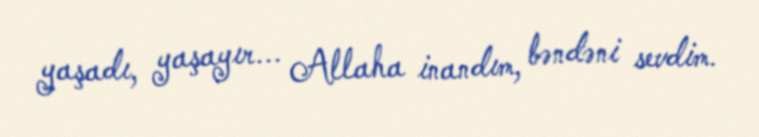
yaşadı, yaşayır... Allaha inandım, bəndəni sevdim.